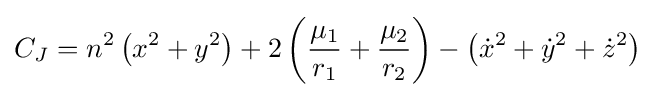
C_{J}=n^{2}\left(x^{2}+y^{2}\right)+2\left({\frac {\mu _{1}}{r_{1}}}+{\frac {\mu _{2}}{r_{2}}}\right)-\left({\dot {x}}^{2}+{\dot {y}}^{2}+{\dot {z}}^{2}\right)